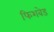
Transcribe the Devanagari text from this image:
फिशबेड